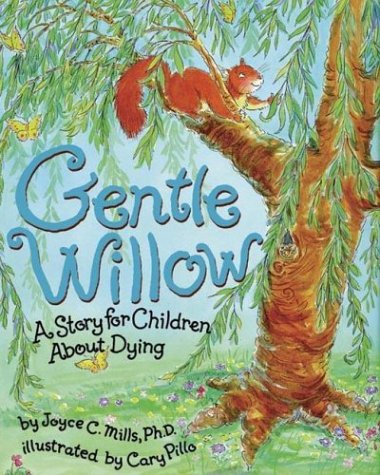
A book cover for Gentle Willow: A Story for Children About Dying; Joyce C. Mills; Politics & Social Sciences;